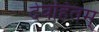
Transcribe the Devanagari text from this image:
देवहितम्